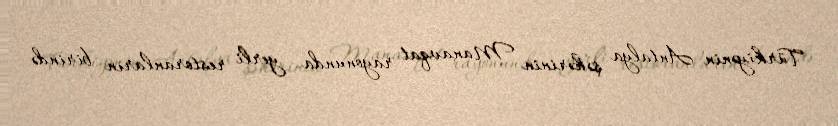
Türkiyənin Antalya şəhərinin Manavqat rayonunda yerli restoranların birində